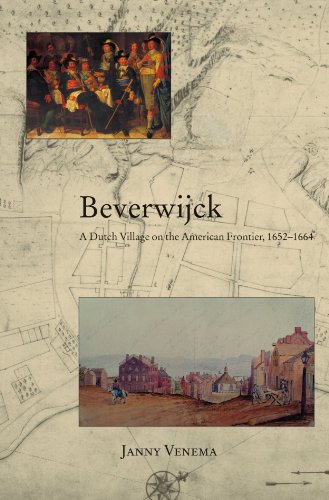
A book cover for Beverwijck: A Dutch Village on the American Frontier, 1652-1664; Janny Venema; Politics & Social Sciences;